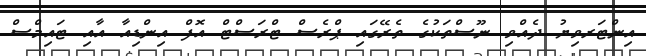
އިންޓަރވިޔު ދެއްވި ނޫސްތަކުގެ ތެރޭގައި ޕްރެސް ޓްރަސްޓް އޮފް އިންޑިއާ އާއި ޓައިމްސް